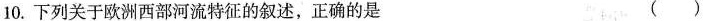
10.下列关于欧洲西部河流特征的叙述，正确的是 ( )